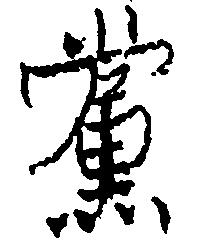
党